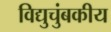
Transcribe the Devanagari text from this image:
विद्युचुंबकीय